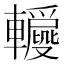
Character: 𨏝